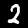
Label: 2